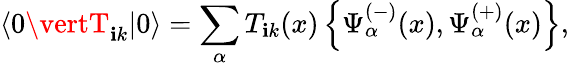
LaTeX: \langle0\vertT_{\mathbf{i}k}\vert0\rangle=\sum_{\alpha}T_{\mathbf{i}k}(x)\left\{ \Psi_{\alpha}^{(-)}(x),\Psi_{\alpha}^{(+)}(x)\right\} ,